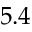
5 . 4